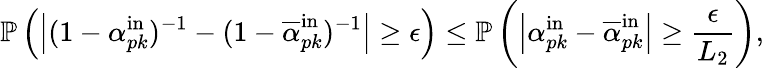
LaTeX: \mathbb{P}\left(\left|(1-\alpha_{pk}^{\mathrm{in}})^{-1}-(1-\overline{{\alpha}}_{pk}^{\mathrm{in}})^{-1}\right|\geq\epsilon\right)\leq\mathbb{P}\left(\left|\alpha_{pk}^{\mathrm{in}}-\overline{{\alpha}}_{pk}^{\mathrm{in}}\right|\geq\frac{\epsilon}{L_{2}}\right),